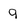
Character: q